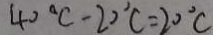
4 0 ^ { \circ } C - 2 0 ^ { \circ } C = 2 0 ^ { \circ } C